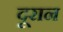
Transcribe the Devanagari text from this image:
दूरान